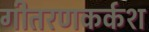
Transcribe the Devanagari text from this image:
गीतरणकर्कश